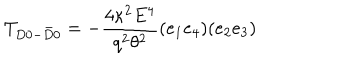
T _ { D 0 - \bar { D } 0 } = - \frac { 4 \kappa ^ { 2 } E ^ { 4 } } { q ^ { 2 } \theta ^ { 2 } } ( e _ { 1 } e _ { 4 } ) ( e _ { 2 } e _ { 3 } )